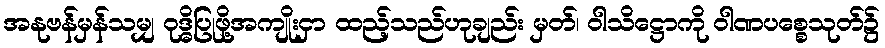
အနုဗန်မှန်သမျှ ဝုဒ္ဓိပြုဖို့အကျိုးငှာ ထည့်သည်ဟုချည်း မှတ်၊ ဝါသိဋ္ဌောကို ဝါဏပစ္စေသုတ်၌